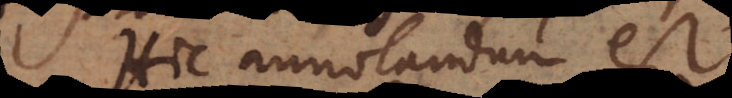
Hic annotandum est